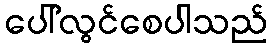
ပေါ်လွင်စေပါသည်